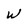
Character: W